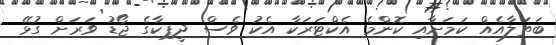
ބަތަލާއެއް ކަމަށާއި ކޮންމެ އެކްޓަރަކާ އެކު ވެސް ދީޕިކާގެ ޖޯޑު ވަރަށް ގުޅޭ